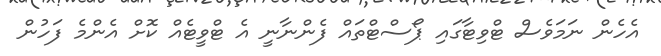
އެހެން ނަމަވެސް ޓްވިޓާގައި ޕޯސްޓްތައް ފެންނާނީ އެ ޓްވީޓެއް ކޮށް އެންމެ ފަހުން